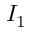
I _ { 1 }